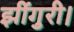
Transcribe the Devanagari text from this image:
झींगुरी।